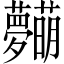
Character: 𱿋